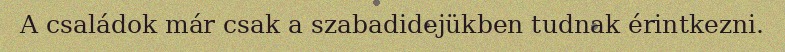
A családok már csak a szabadidejükben tudnak érintkezni.